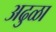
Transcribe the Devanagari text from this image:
अढुळा